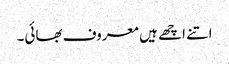
اتنے اچھے ہیں معروف بھائی۔